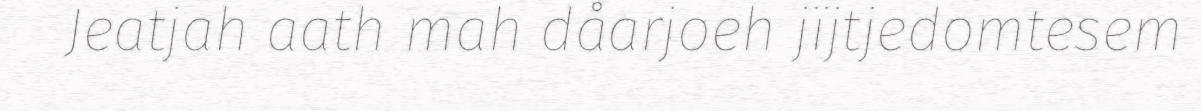
Jeatjah aath mah dåarjoeh jïjtjedomtesem